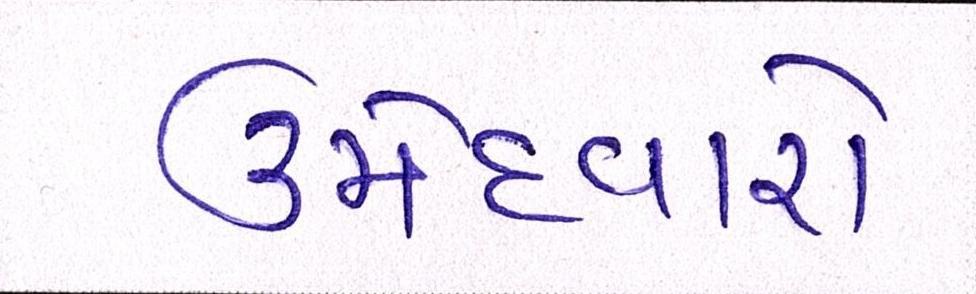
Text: ઉમેદવારો